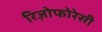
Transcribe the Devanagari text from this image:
रिज़ोफोरेसी